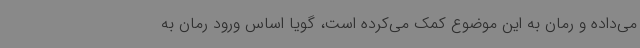
می‌داده و رمان به این موضوع کمک می‌کرده است، گویا اساس ورود رمان به